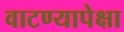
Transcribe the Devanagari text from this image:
वाटण्यापेक्षा